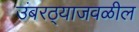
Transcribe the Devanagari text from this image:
उंबरठ्याजवळील